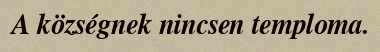
A községnek nincsen temploma.